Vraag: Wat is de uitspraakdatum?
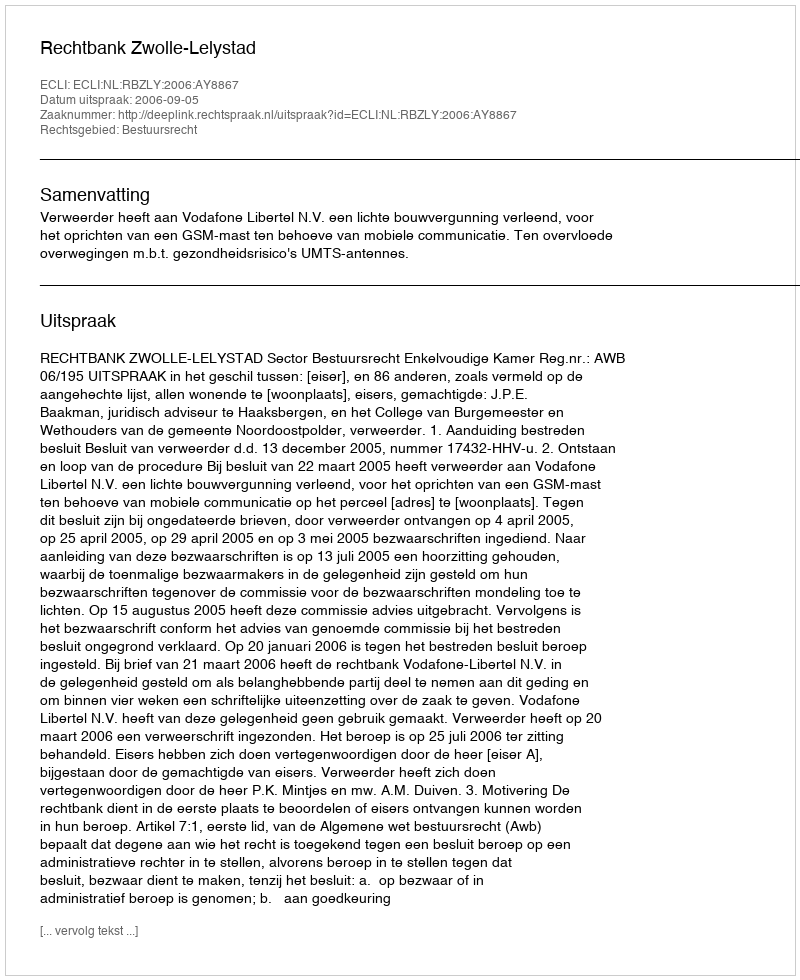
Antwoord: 2006-09-05